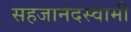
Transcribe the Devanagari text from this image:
सहजानंदस्वामी